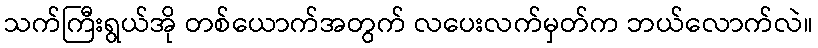
သက်ကြီးရွယ်အို တစ်ယောက်အတွက် လပေးလက်မှတ်က ဘယ်လောက်လဲ။